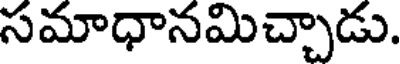
సమాధానమిచ్చాడు.